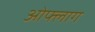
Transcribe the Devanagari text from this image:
ओफ्लाग